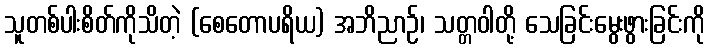
သူတစ်ပါးစိတ်ကိုသိတဲ့ (စေတောပရိယ) အဘိညာဉ်၊ သတ္တဝါတို့ သေခြင်းမွေးဖွားခြင်းကို